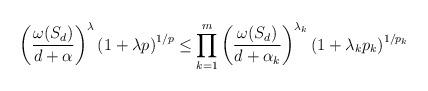
LaTeX: \begin{align*}\left(\frac{\omega(S_d)}{d+\alpha}\right)^{\lambda }\left(1+\lambda p\right)^{1/p}\leq\prod_{k=1}^m \left(\frac{\omega(S_d)}{d+\alpha_k}\right)^{\lambda_k }\left(1+\lambda_k p_k\right)^{1/p_k}\end{align*}